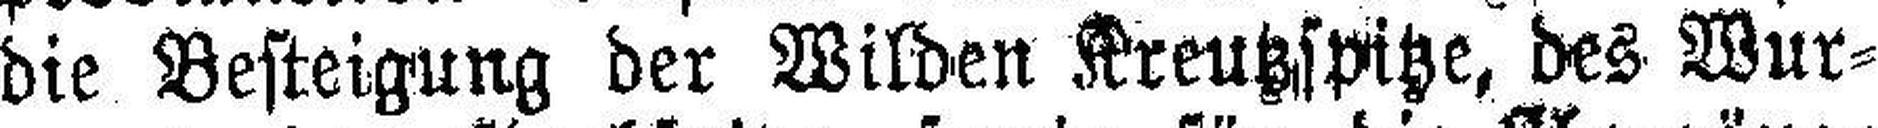
die Besteigung der Wilden Kreutzspitze, des Wur¬